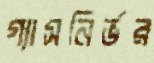
গ্যাসনির্ভর